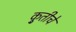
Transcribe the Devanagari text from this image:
कृुतीचे